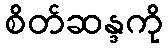
စိတ်ဆန္ဒကို